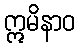
ဣမိနာဝ